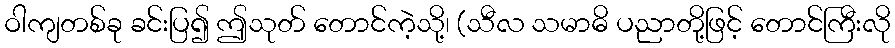
ဝါကျတစ်ခု ခင်းပြ၍ ဤသုတ် တောင်ကဲ့သို့၊ (သီလ သမာဓိ ပညာတို့ဖြင့် တောင်ကြီးလို